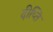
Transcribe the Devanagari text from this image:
दीप्‍ति